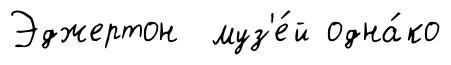
Эджертон муз'е́й одна́ко